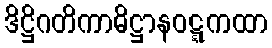
ဒိဋ္ဌိဂတိကာဓိဋ္ဌာနဝဋ္ဋကထာ